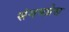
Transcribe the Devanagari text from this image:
संगमप्रेस